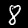
Digit: 8